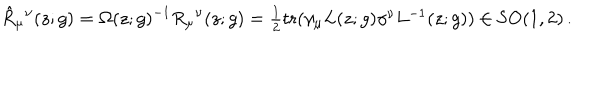
LaTeX: \hat { R } _ { \mu } { } ^ { \nu } ( z ; g ) = \Omega ( z ; g ) ^ { - 1 } R _ { \mu } { } ^ { \nu } ( z ; g ) = \textstyle { \frac { 1 } { 2 } } \mathrm { t r } ( \gamma _ { \mu } L ( z ; g ) \gamma ^ { \nu } L ^ { - 1 } ( z ; g ) ) \in \mathrm { S O } ( 1 , 2 ) \, .